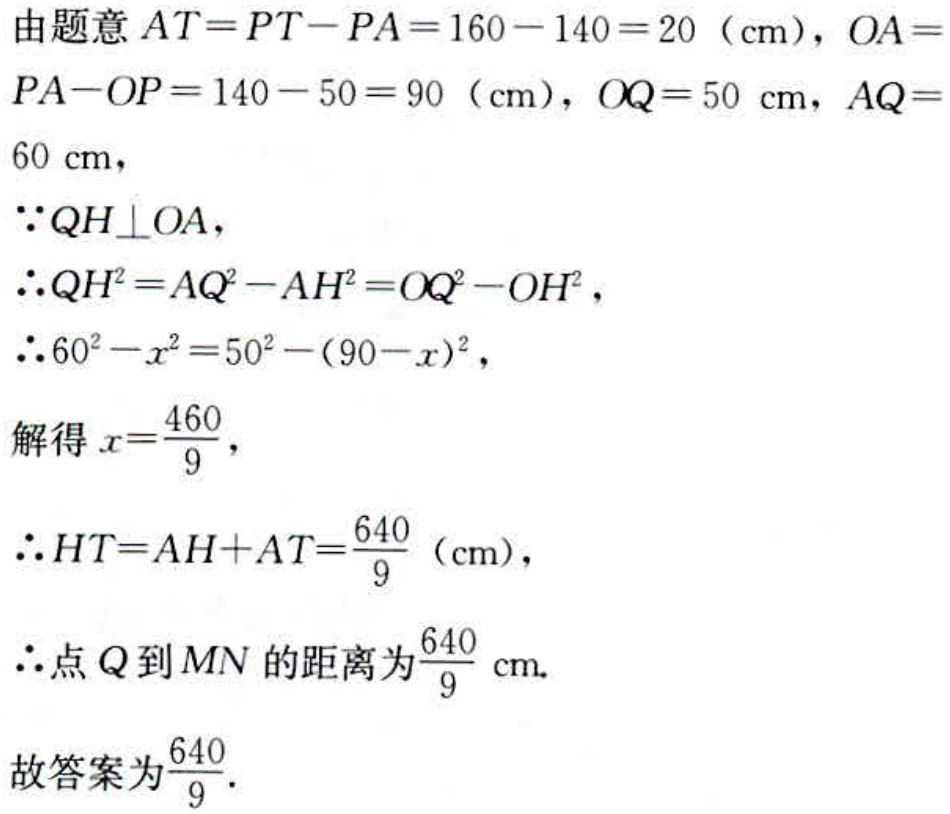
由题意 \(AT = PT - PA = 160 - 140 = 20\)（cm），\(OA = PA - OP = 140 - 50 = 90\)（cm），\(OQ = 50\) cm，\(AQ = 60\) cm，
\(\because QH\perp OA\)，
\(\therefore QH^{2}=AQ^{2}-AH^{2}=OQ^{2}-OH^{2}\)，
\(\therefore 60^{2}-x^{2}=50^{2}-(90 - x)^{2}\)，
解得 \(x = \frac{460}{9}\)，
\(\therefore HT = AH + AT=\frac{640}{9}\)（cm），
\(\therefore\)点 \(Q\) 到 \(MN\) 的距离为 \(\frac{640}{9}\) cm.
\(\therefore\)故答案为 \(\frac{640}{9}\).